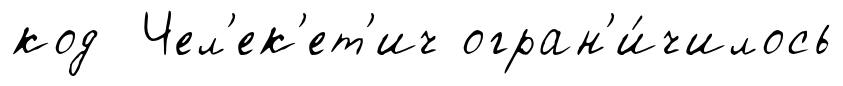
код Чел'ек'ет'ич огран'и́чилось